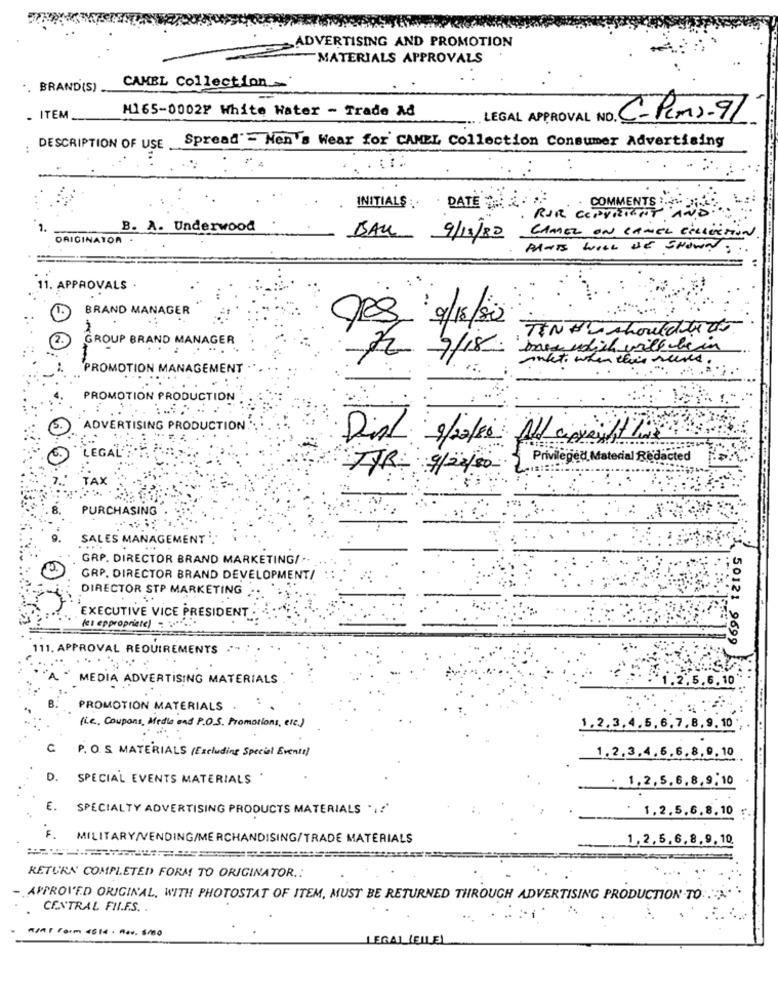
ADVERTISING AND PROMOTION
MATERIALS APPROVALS
·. BRAND'(S) _
CAMEL Collection
H165-0002P White Water - Trade Ad
ITEM
LEGAL APPROVAL NO.
C- Pcms.91
Spread'- Nen's Wear for' CAMEL Collection Consumer Advertising
DESCRIPTION OF USE
INITIALS : DATE .
COMMENTS
RUR COPORTENT
1.
B. A. Underwood
ORIGINATOR
BAU 9/11/82
CAMEL ON CANEL CALDERON
PANTS WILL BE SHOWN :..
APPROVALS .
BRAND MANAGER
DRS 9/16/20
TINA shouldstr zes
2.
GROUP BRAND MANAGER
mas udich will be in
72 7/18.
maketi when this reeves .
PROMOTION MANAGEMENT
..
PROMOTION PRODUCTION
ADVERTISING PRODUCTION
Dial 1/2/20
LEGAL':
Privileged Material Red
acted
TYR: 9/22/50
TAX
PURCHASING
SALES MANAGEMENT .
GRP. DIRECTOR BRAND MARKETING/ ..
GRP. DIRECTOR BRAND DEVELOPMENT/
DIRECTOR STP MARKETING
. 4 .
EXECUTIVE VICE PRESIDENT
(et appropriate) . ....
50121 9699
111. APPROVAL REQUIREMENTS
MEDIA ADVERTISING MATERIALS
6.10
PROMOTION MATERIALS .
lie, Coupons, Media and P.O.S. Promotions, etc.)
1,2,3,4,5, 6,7, 8, 9, 10
C P. O.S MATERIALS (Excluding Special Events)
. SPECIAL EVENTS MATERIALS "
1,2, 5, 6,8, 9:10
E.
SPECIALTY ADVERTISING PRODUCTS MATERIALS
1.2.5.6.8.10
F. MILITARY/VENDING/MERCHANDISING/TRADE MATERIALS
1,2,5,6,8,9,10
RETURN COMPLETED FORM TO ORIGINATOR .:
APPROVED ORIGINAL, WITH PHOTOSTAT OF ITEM, MUST BE RETURNED THROUGH ADVERTISING PRODUCTION TO ...
CENTRAL FIL.F.S. .
AJAF Form 4614 . Rev. $180
LEGAL LEILEI